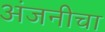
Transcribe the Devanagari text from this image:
अंजनीचा